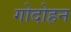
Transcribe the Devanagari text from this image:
गोदोहन